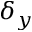
\delta _ { y }